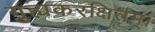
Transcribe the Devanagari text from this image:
गुह्यकरक्षितम्।